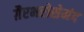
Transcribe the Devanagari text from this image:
ग़ैरभरोसेमंद